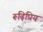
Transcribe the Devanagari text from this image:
रूढ़िप्रिय